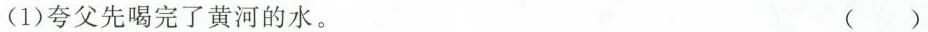
(1)夸父先喝完了黄河的水。 ()